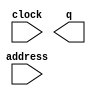
// megafunction wizard: %ROM: 1-PORT%VBB%
// GENERATION: STANDARD
// VERSION: WM1.0
// MODULE: altsyncram 

// ============================================================
// Megafunction Name(s):
// 			altsyncram
//
// Simulation Library Files(s):
// 			altera_mf
// ============================================================
// ************************************************************
// THIS IS A WIZARD-GENERATED FILE. DO NOT EDIT THIS FILE!
//
// 18.1.0 Build 625 09/12/2018 SJ Lite Edition
// ************************************************************

//Copyright (C) 2018  Intel Corporation. All rights reserved.
//Your use of Intel Corporation's design tools, logic functions 
//and other software and tools, and its AMPP partner logic 
//functions, and any output files from any of the foregoing 
//(including device programming or simulation files), and any 
//associated documentation or information are expressly subject 
//to the terms and conditions of the Intel Program License 
//Subscription Agreement, the Intel Quartus Prime License Agreement,
//the Intel FPGA IP License Agreement, or other applicable license
//agreement, including, without limitation, that your use is for
//the sole purpose of programming logic devices manufactured by
//Intel and sold by Intel or its authorized distributors.  Please
//refer to the applicable agreement for further details.

module main_rom (
	address,
	clock,
	q);

	input	[16:0]  address;
	input	  clock;
	output	[5:0]  q;
`ifndef ALTERA_RESERVED_QIS
// synopsys translate_off
`endif
	tri1	  clock;
`ifndef ALTERA_RESERVED_QIS
// synopsys translate_on
`endif

endmodule

// ============================================================
// CNX file retrieval info
// ============================================================
// Retrieval info: PRIVATE: ADDRESSSTALL_A NUMERIC "0"
// Retrieval info: PRIVATE: AclrAddr NUMERIC "0"
// Retrieval info: PRIVATE: AclrByte NUMERIC "0"
// Retrieval info: PRIVATE: AclrOutput NUMERIC "0"
// Retrieval info: PRIVATE: BYTE_ENABLE NUMERIC "0"
// Retrieval info: PRIVATE: BYTE_SIZE NUMERIC "8"
// Retrieval info: PRIVATE: BlankMemory NUMERIC "0"
// Retrieval info: PRIVATE: CLOCK_ENABLE_INPUT_A NUMERIC "0"
// Retrieval info: PRIVATE: CLOCK_ENABLE_OUTPUT_A NUMERIC "0"
// Retrieval info: PRIVATE: Clken NUMERIC "0"
// Retrieval info: PRIVATE: IMPLEMENT_IN_LES NUMERIC "0"
// Retrieval info: PRIVATE: INIT_FILE_LAYOUT STRING "PORT_A"
// Retrieval info: PRIVATE: INIT_TO_SIM_X NUMERIC "0"
// Retrieval info: PRIVATE: INTENDED_DEVICE_FAMILY STRING "Cyclone V"
// Retrieval info: PRIVATE: JTAG_ENABLED NUMERIC "0"
// Retrieval info: PRIVATE: JTAG_ID STRING "NONE"
// Retrieval info: PRIVATE: MAXIMUM_DEPTH NUMERIC "0"
// Retrieval info: PRIVATE: MIFfilename STRING "./Backgrounds/mif/Main/MainMenuPongrena.mif"
// Retrieval info: PRIVATE: NUMWORDS_A NUMERIC "76800"
// Retrieval info: PRIVATE: RAM_BLOCK_TYPE NUMERIC "0"
// Retrieval info: PRIVATE: RegAddr NUMERIC "1"
// Retrieval info: PRIVATE: RegOutput NUMERIC "0"
// Retrieval info: PRIVATE: SYNTH_WRAPPER_GEN_POSTFIX STRING "0"
// Retrieval info: PRIVATE: SingleClock NUMERIC "1"
// Retrieval info: PRIVATE: UseDQRAM NUMERIC "0"
// Retrieval info: PRIVATE: WidthAddr NUMERIC "17"
// Retrieval info: PRIVATE: WidthData NUMERIC "6"
// Retrieval info: PRIVATE: rden NUMERIC "0"
// Retrieval info: LIBRARY: altera_mf altera_mf.altera_mf_components.all
// Retrieval info: CONSTANT: ADDRESS_ACLR_A STRING "NONE"
// Retrieval info: CONSTANT: CLOCK_ENABLE_INPUT_A STRING "BYPASS"
// Retrieval info: CONSTANT: CLOCK_ENABLE_OUTPUT_A STRING "BYPASS"
// Retrieval info: CONSTANT: INIT_FILE STRING "./Backgrounds/mif/Main/MainMenuPongrena.mif"
// Retrieval info: CONSTANT: INTENDED_DEVICE_FAMILY STRING "Cyclone V"
// Retrieval info: CONSTANT: LPM_HINT STRING "ENABLE_RUNTIME_MOD=NO"
// Retrieval info: CONSTANT: LPM_TYPE STRING "altsyncram"
// Retrieval info: CONSTANT: NUMWORDS_A NUMERIC "76800"
// Retrieval info: CONSTANT: OPERATION_MODE STRING "ROM"
// Retrieval info: CONSTANT: OUTDATA_ACLR_A STRING "NONE"
// Retrieval info: CONSTANT: OUTDATA_REG_A STRING "UNREGISTERED"
// Retrieval info: CONSTANT: WIDTHAD_A NUMERIC "17"
// Retrieval info: CONSTANT: WIDTH_A NUMERIC "6"
// Retrieval info: CONSTANT: WIDTH_BYTEENA_A NUMERIC "1"
// Retrieval info: USED_PORT: address 0 0 17 0 INPUT NODEFVAL "address[16..0]"
// Retrieval info: USED_PORT: clock 0 0 0 0 INPUT VCC "clock"
// Retrieval info: USED_PORT: q 0 0 6 0 OUTPUT NODEFVAL "q[5..0]"
// Retrieval info: CONNECT: @address_a 0 0 17 0 address 0 0 17 0
// Retrieval info: CONNECT: @clock0 0 0 0 0 clock 0 0 0 0
// Retrieval info: CONNECT: q 0 0 6 0 @q_a 0 0 6 0
// Retrieval info: GEN_FILE: TYPE_NORMAL main_rom.v TRUE
// Retrieval info: GEN_FILE: TYPE_NORMAL main_rom.inc TRUE
// Retrieval info: GEN_FILE: TYPE_NORMAL main_rom.cmp TRUE
// Retrieval info: GEN_FILE: TYPE_NORMAL main_rom.bsf TRUE
// Retrieval info: GEN_FILE: TYPE_NORMAL main_rom_inst.v TRUE
// Retrieval info: GEN_FILE: TYPE_NORMAL main_rom_bb.v TRUE
// Retrieval info: LIB_FILE: altera_mf